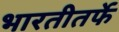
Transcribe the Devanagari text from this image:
भारतीतर्फे